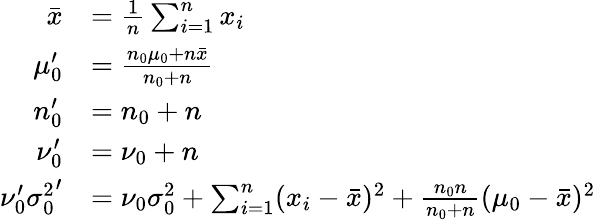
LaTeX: {\begin{array}{rl}{{\bar{x}}}&{={\frac{1}{n}}\sum_{i=1}^{n}x_{i}}\\ {\mu_{0}^{\prime}}&{={\frac{n_{0}\mu_{0}+n{\bar{x}}}{n_{0}+n}}}\\ {n_{0}^{\prime}}&{=n_{0}+n}\\ {\nu_{0}^{\prime}}&{=\nu_{0}+n}\\ {\nu_{0}^{\prime}{\sigma_{0}^{2}}^{\prime}}&{=\nu_{0}\sigma_{0}^{2}+\sum_{i=1}^{n}(x_{i}-{\bar{x}})^{2}+{\frac{n_{0}n}{n_{0}+n}}(\mu_{0}-{\bar{x}})^{2}}\end{array}}